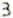
3